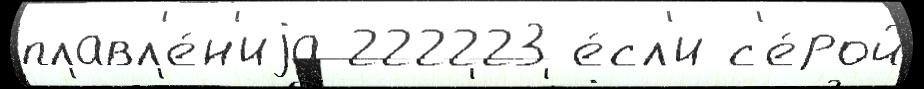
плавл'е́н'иjа 222223 е́сл'и с'е́рой